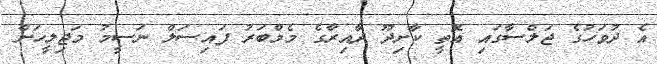
އެ ދުވަހުގެ ޖަލްސާގައި އޮތީ ކާށިދޫ ދާއިރާގެ މެމްބަރު ފައިސަލް ނަސީމު މަޖިލީހަށް